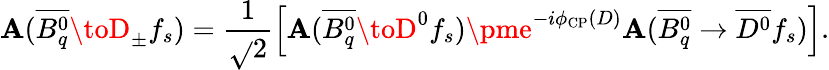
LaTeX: \mathbf{A}(\overline{{{{B_{q}^{0}}}}}\toD_{\pm}f_{s})=\frac{{1}}{{\sqrt{}{{2}}}}\left[\mathbf{A}(\overline{{{{B_{q}^{0}}}}}\toD^{0}f_{s})\pme^{-i\phi_{\mathrm{{CP}}}(D)}\mathbf{A}(\overline{{{{B_{q}^{0}}}}}\to\overline{{{{D^{0}}}}}f_{s})\right].